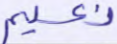
نعيم